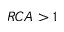
R C A > 1